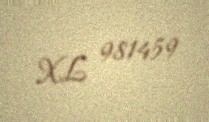
XL 981459